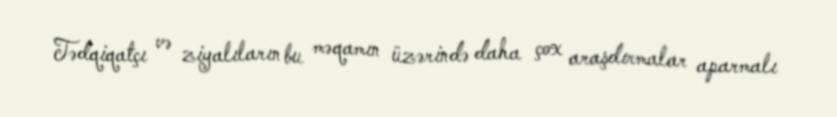
Tədqiqatçı və ziyalıların bu məqamın üzərində daha çox araşdırmalar aparmalı